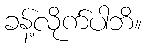
ခန့်လိုက်ပါဘိ။